Vaccine operations Central Provinces 1868-1885 - 1868-1885
Year: 1868
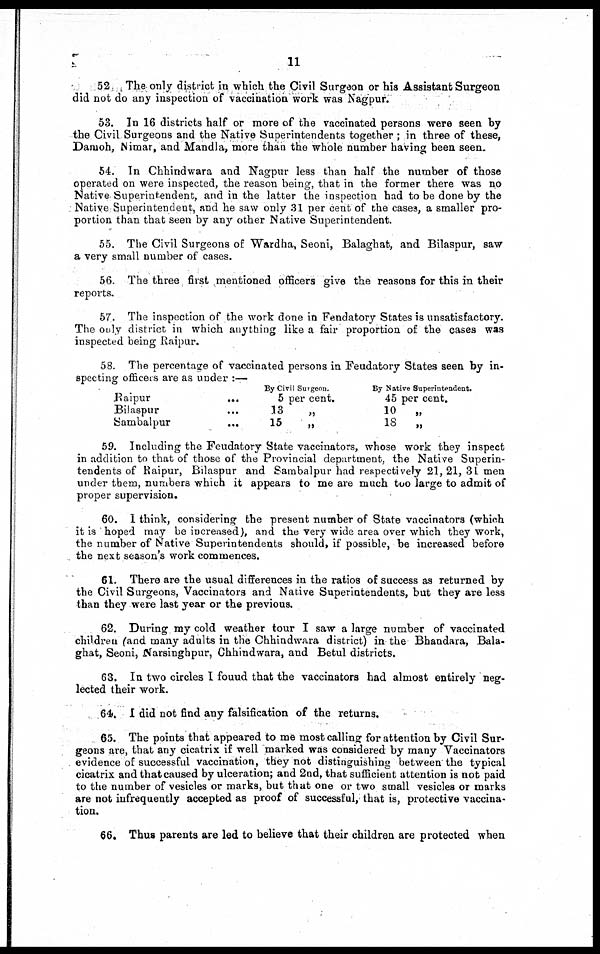
11
52. The only district in which the Civil Surgeon or his Assistant Surgeon
did not do any inspection of vaccination work was Nagpur.
53. In 16 districts half or more of the vaccinated persons were seen by
the Civil Surgeons and the Native Superintendents together ; in three of these,
Damoh, Nimar, and Mandla, more than the whole number having been seen.
54. In Chhindwara and Nagpur less than half the number of those
operated on were inspected, the reason being, that in the former there was no
Native Superintendent, and in the latter the inspection had to be done by the
Native Superintendent, and he saw only 31 per cent of the cases, a smaller pro-
portion than that seen by any other Native Superintendent.
55. The Civil Surgeons of Wardha, Seoni, Balaghat, and Bilaspur, saw
a very small number of cases.
56. The three first mentioned officers give the reasons for this in their
reports.
57. The inspection of the work done in Fendatory States is unsatisfactory.
The only district in which anything like a fair proportion of the cases was
inspected being Raipur.
58. The percentage of vaccinated persons in Feudatory States seen by in-
specting officers are as under :—
Raipur
...
Bilaspur ...
Sambalpur ...
By Civil Surgeon.
5 per cent.
13
„
15 „
By Native Superintendent.
45 per cent.
10
„
18
„
59. Including the Feudatory State vaccinators, whose work they inspect
in addition to that of those of the Provincial department, the Native Superin-
tendents of Raipur, Bilaspur and Sambalpur had respectively 21, 21, 31 men
under them, numbers which it appears to me are much too large to admit of
proper supervision.
60. I think, considering the present number of State vaccinators (which
it is hoped may be increased), and the very wide area over which they work,
the number of Native Superintendents should, if possible, be increased before
the next season's work commences.
61. There are the usual differences in the ratios of success as returned by
the Civil Surgeons, Vaccinators and Native Superintendents, but they are less
than they were last year or the previous.
62. During my cold weather tour I saw a large number of vaccinated
children (and many adults in the Chhindwara district) in the Bhandara, Bala-
ghat, Seoni, Narsinghpur, Chhindwara, and Betul districts.
63. In two circles I fouud that the vaccinators had almost entirely neg-
lected their work.
64. I did not find any falsification of the returns.
65. The points that appeared to me most calling for attention by Civil Sur-
geons are, that any cicatrix if well marked was considered by many Vaccinators
evidence of successful vaccination, they not distinguishing between the typical
cicatrix and that caused by ulceration; and 2nd, that sufficient attention is not paid
to the number of vesicles or marks, but that one or two small vesicles or marks
are not infrequently accepted as proof of successful, that is, protective vaccina-
tion.
66. Thus parents are led to believe that their children are protected when